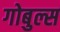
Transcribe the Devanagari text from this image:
गोबुल्स